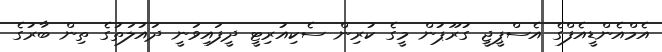
އެމްއެންޑީއެފްގެ އެސްޕީޖީ ގުރޫޕުން މީގެ ކުރިން ސެކިއުރިޓީ ދީފައިވަނީ ދައުލަތުގެ ތިން ބާރުގެ